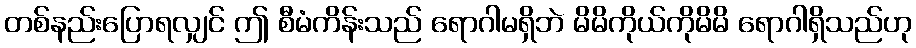
တစ်နည်းပြောရလျှင် ဤ စီမံကိန်းသည် ရောဂါမရှိဘဲ မိမိကိုယ်ကိုမိမိ ရောဂါရှိသည်ဟု